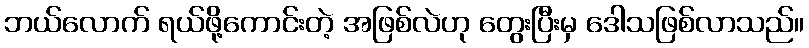
ဘယ်လောက် ရယ်ဖို့ကောင်းတဲ့ အဖြစ်လဲဟု တွေးပြီးမှ ဒေါသဖြစ်လာသည်။